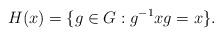
LaTeX: \begin{align*}H(x) = \{g\in G: g^{-1}xg = x\}.\end{align*}